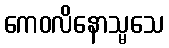
ကေဝလိနောသ္မသေ